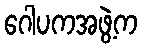
ဂေါပကအဖွဲ့က